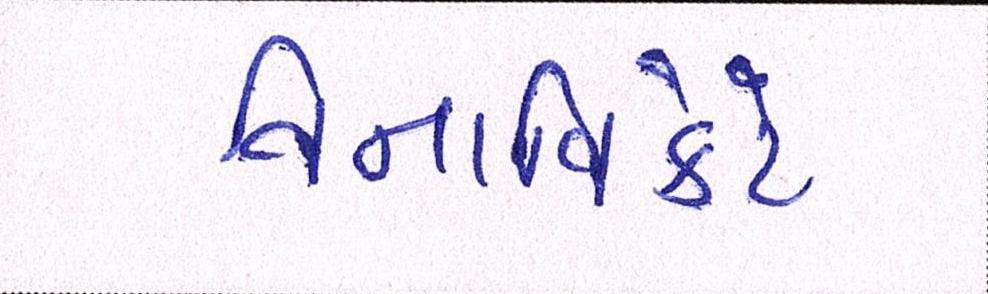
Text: વિનાવિકેટે